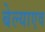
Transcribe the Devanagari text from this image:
बेल्याएव